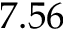
7 . 5 6